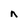
Character: n